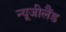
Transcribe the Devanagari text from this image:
न्‍यूजीलैंड